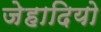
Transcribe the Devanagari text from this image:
जेहादियो